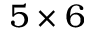
5 \times 6